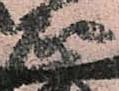
正